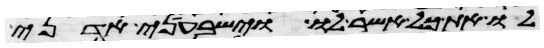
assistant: לו את כל אשר לו וישבעני אדני